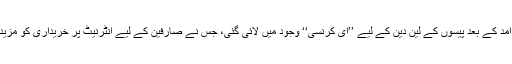
انٹرنیٹ کی آمد کے بعد پیسوں کے لین دین کے لیے ’’ای کرنسی‘‘ وجود میں لائی گئی، جس نے صارفین کے لیے انٹرنیٹ پر خریداری کو مزید سہل بنا دیا۔